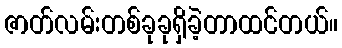
ဇာတ်လမ်းတစ်ခုခုရှိခဲ့တာထင်တယ်။